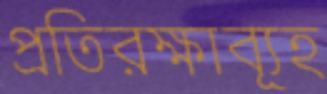
প্রতিরক্ষাব্যূহ